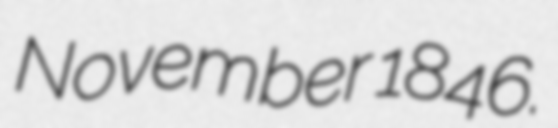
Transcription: November 1846.